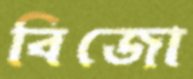
বিজো